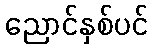
ညောင်နှစ်ပင်